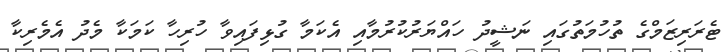
ޓެރަރިޒަމްގެ ތުހުމަތުގައި ނަޝީދު ހައްޔަރުކުރުމާއި އެކަމާ ގުޅިފައިވާ ހުރިހާ ކަމަކާ މެދު އެމެރިކާ